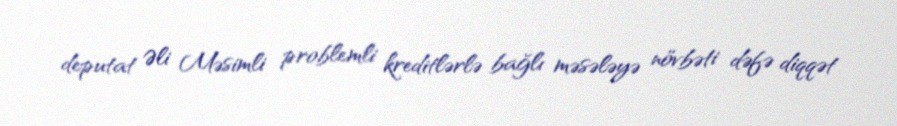
deputat Əli Məsimli problemli kreditlərlə bağlı məsələyə növbəti dəfə diqqət